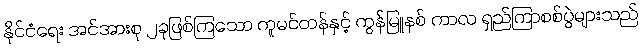
နိုင်ငံရေး အင်အားစု ၂ခုဖြစ်ကြသော ကူမင်တန်နှင့် ကွန်မြူနစ် ကာလ ရှည်ကြာစစ်ပွဲများသည်